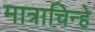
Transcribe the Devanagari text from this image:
मात्राचिन्हे